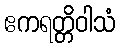
ဧကရတ္တိဝါသံ